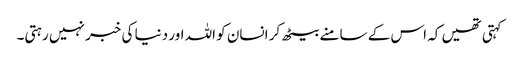
کہتی تھیں کہ اس کے سامنے بیٹھ کر انسان کو اللہ اور دنیا کی خبر نہیں رہتی۔